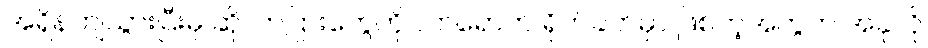
အရှိန်ကျသွားပြီးမှ ဆိုလာပြားတွေကို လာရောက် ရိုက်ခတ်မှာ ဖြစ်တဲ့အတွက် အခုလို